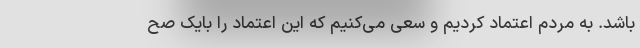
باشد. به مردم اعتماد کردیم و سعی می‌کنیم که این اعتماد را بایک صح